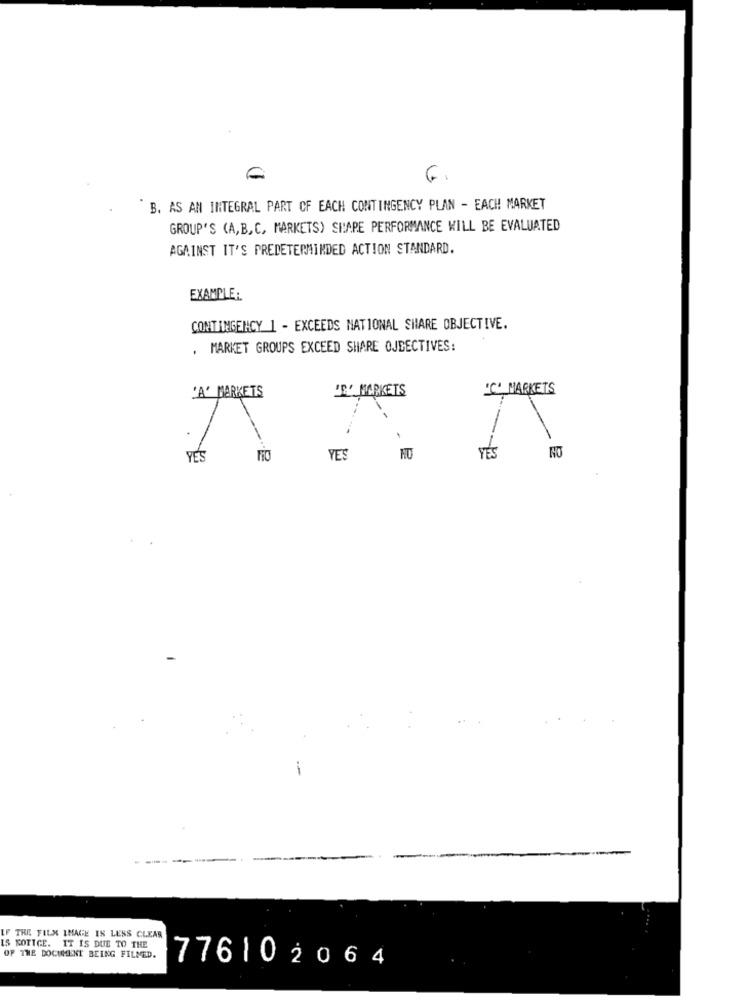
B. AS AN INTEGRAL PART OF EACH CONTINGENCY PLAN - EACH MARKET
GROUP'S (A,B,C, MARKETS) SHAPE PERFORMANCE WILL BE EVALUATED
AGAINST IT'S PREDETERMINDED ACTION STANDARD.
EXAMPLE:
CONTINGENCY 1 - EXCEEDS NATIONAL SHARE OBJECTIVE.
. MARKET GROUPS EXCEED SHARE OJEECTIVES:
'E' MARKETS
'C' MARKETS
'A' MARKETS
TES
NO
YES
YES
THE FILM IMAGE IS LESS CLEAR
IS KOTTGE. IT IS DUE TO THE
OF THE DOCUMENT BEING FILMED.
776102064